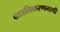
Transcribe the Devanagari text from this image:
व्यातिकरणमापी